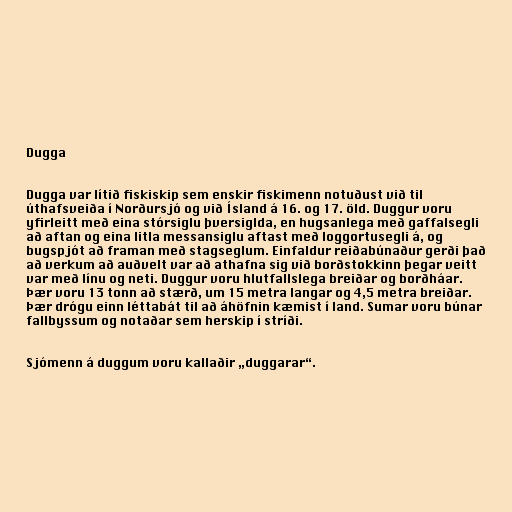
Dugga

Dugga var lítið fiskiskip sem enskir fiskimenn notuðust við til
úthafsveiða í Norðursjó og við Ísland á 16. og 17. öld. Duggur voru
yfirleitt með eina stórsiglu þversiglda, en hugsanlega með gaffalsegli
að aftan og eina litla messansiglu aftast með loggortusegli á, og
bugspjót að framan með stagseglum. Einfaldur reiðabúnaður gerði það
að verkum að auðvelt var að athafna sig við borðstokkinn þegar veitt
var með línu og neti. Duggur voru hlutfallslega breiðar og borðháar.
Þær voru 13 tonn að stærð, um 15 metra langar og 4,5 metra breiðar.
Þær drógu einn léttabát til að áhöfnin kæmist í land. Sumar voru búnar
fallbyssum og notaðar sem herskip í stríði.

Sjómenn á duggum voru kallaðir „duggarar“.